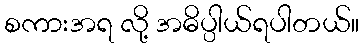
စကားအရ လို့ အဓိပ္ပါယ်ရပါတယ်။